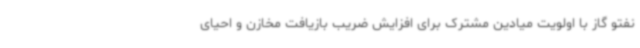
نفتو گاز با اولویت میادین مشترک برای افزایش ضریب بازیافت مخازن و احیای